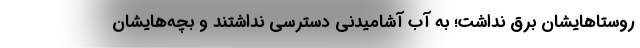
روستاهایشان برق نداشت؛ به آب آشامیدنی دسترسی نداشتند و بچه‌هایشان